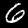
Label: 6